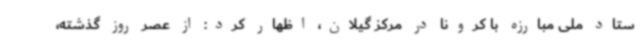
ستاد ملی مبارزه با کرونا در مرکز گیلان، اظهار کرد: از عصر روز گذشته،